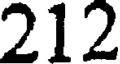
212